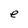
Character: e